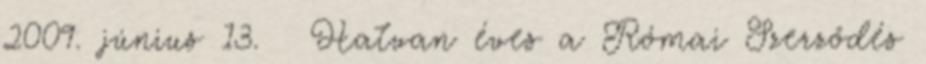
2009. június 13. ↑ Hatvan éves a Római Szerződés